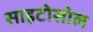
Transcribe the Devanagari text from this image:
साइटोसोल